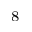
^ { 8 }